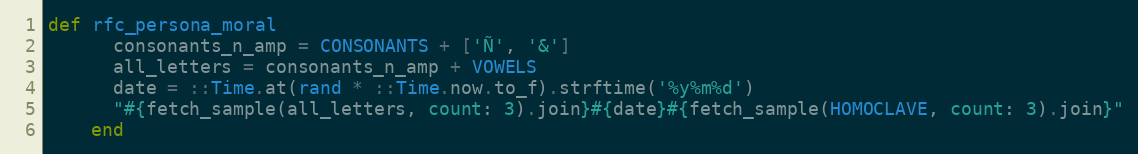
Language: Ruby
def rfc_persona_moral
      consonants_n_amp = CONSONANTS + ['Ñ', '&']
      all_letters = consonants_n_amp + VOWELS
      date = ::Time.at(rand * ::Time.now.to_f).strftime('%y%m%d')
      "#{fetch_sample(all_letters, count: 3).join}#{date}#{fetch_sample(HOMOCLAVE, count: 3).join}"
    end